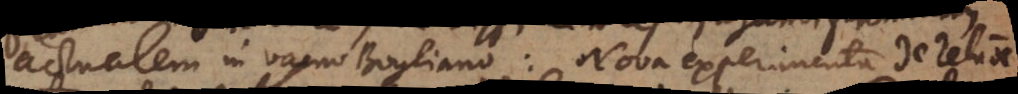
actualem in vacuo Boyliano: Nova experimenta de relatione